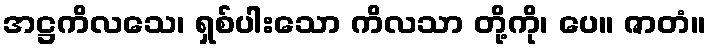
အဋ္ဌကိလသေ၊ ရှစ်ပါးသော ကိလသာ တို့ကို၊ ပေ။ ဇာတံ။